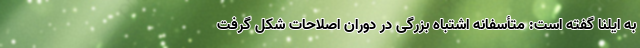
به ایلنا گفته است: متأسفانه اشتباه بزرگی در دوران اصلاحات شکل گرفت